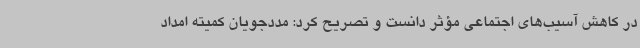
در کاهش آسیب‌های اجتماعی مؤثر دانست و تصریح کرد: مددجویان کمیته امداد